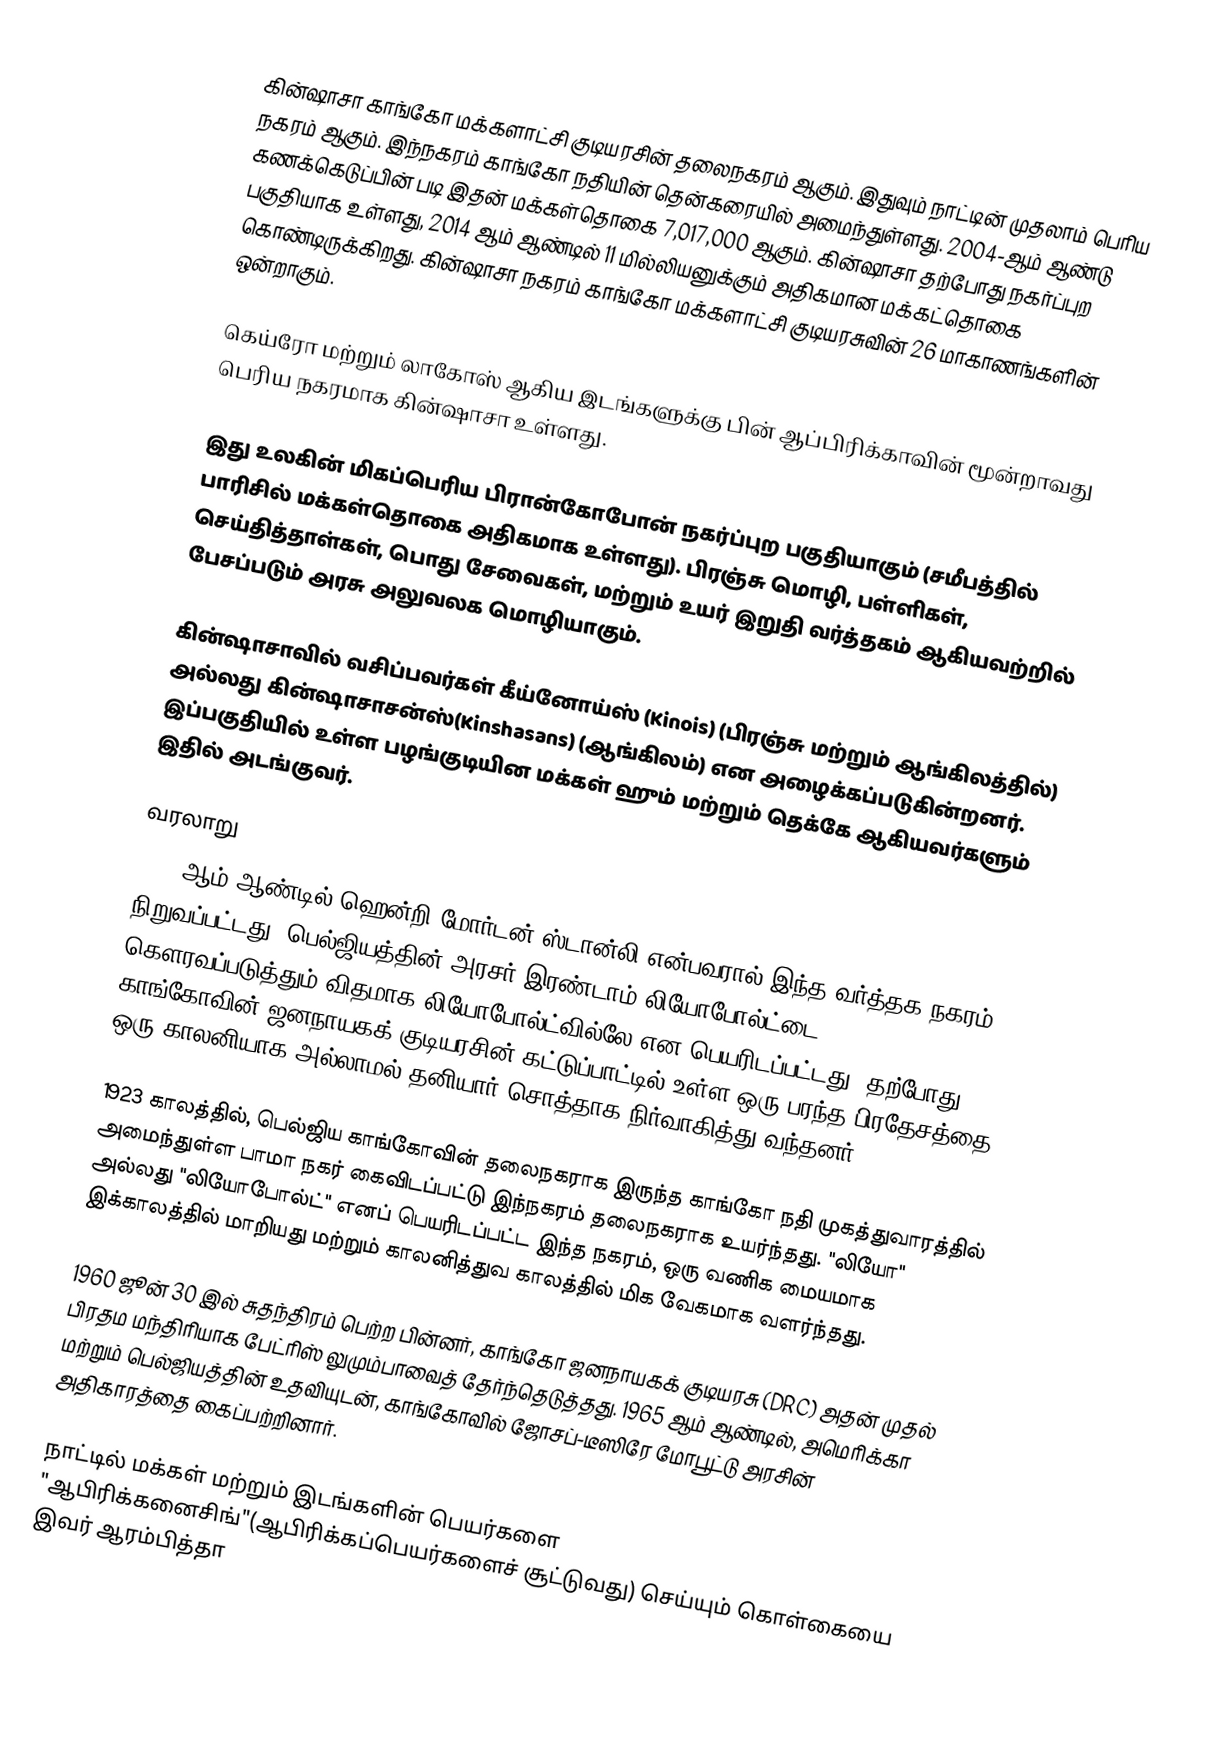
கின்ஷாசா காங்கோ மக்களாட்சி குடியரசின் தலைநகரம் ஆகும். இதுவும் நாட்டின் முதலாம் பெரிய நகரம் ஆகும். இந்நகரம் காங்கோ நதியின் தென்கரையில் அமைந்துள்ளது. 2004-ஆம் ஆண்டு கணக்கெடுப்பின் படி இதன் மக்கள்தொகை 7,017,000 ஆகும். கின்ஷாசா தற்போது நகர்ப்புற பகுதியாக உள்ளது, 2014 ஆம் ஆண்டில் 11 மில்லியனுக்கும் அதிகமான மக்கட்தொகை கொண்டிருக்கிறது. கின்ஷாசா நகரம் காங்கோ மக்களாட்சி குடியரசுவின் 26 மாகாணங்களின் ஒன்றாகும்.

கெய்ரோ மற்றும் லாகோஸ் ஆகிய இடங்களுக்கு பின் ஆப்பிரிக்காவின் மூன்றாவது பெரிய நகரமாக கின்ஷாசா உள்ளது.

இது உலகின் மிகப்பெரிய பிரான்கோபோன் நகர்ப்புற பகுதியாகும் (சமீபத்தில் பாரிசில் மக்கள்தொகை அதிகமாக உள்ளது).  பிரஞ்சு மொழி, பள்ளிகள், செய்தித்தாள்கள், பொது சேவைகள், மற்றும் உயர் இறுதி வர்த்தகம் ஆகியவற்றில் பேசப்படும் அரசு அலுவலக மொழியாகும்.

கின்ஷாசாவில் வசிப்பவர்கள் கீய்னோய்ஸ் (Kinois) (பிரஞ்சு மற்றும் ஆங்கிலத்தில்) அல்லது கின்ஷாசாசன்ஸ்(Kinshasans) (ஆங்கிலம்) என அழைக்கப்படுகின்றனர்.  இப்பகுதியில் உள்ள பழங்குடியின மக்கள் ஹும் மற்றும் தெக்கே ஆகியவர்களும் இதில் அடங்குவர்.

வரலாறு
1881 ஆம் ஆண்டில் ஹென்றி மோர்டன் ஸ்டான்லி என்பவரால் இந்த வர்த்தக நகரம் நிறுவப்பட்டது. பெல்ஜியத்தின் அரசர் இரண்டாம் லியோபோல்ட்டை  கௌரவப்படுத்தும் விதமாக லியோபோல்ட்வில்லே என பெயரிடப்பட்டது. தற்போது காங்கோவின் ஜனநாயகக் குடியரசின் கட்டுப்பாட்டில் உள்ள ஒரு பரந்த பிரதேசத்தை, ஒரு காலனியாக அல்லாமல் தனியார் சொத்தாக நிர்வாகித்து வந்தனர்.

1923 காலத்தில், பெல்ஜிய காங்கோவின் தலைநகராக இருந்த காங்கோ நதி முகத்துவாரத்தில் அமைந்துள்ள பாமா நகர் கைவிடப்பட்டு இந்நகரம் தலைநகராக உயர்ந்தது. "லியோ" அல்லது "லியோபோல்ட்" எனப் பெயரிடப்பட்ட இந்த நகரம், ஒரு வணிக மையமாக இக்காலத்தில் மாறியது மற்றும் காலனித்துவ காலத்தில் மிக வேகமாக வளர்ந்தது.

1960 ஜூன் 30 இல் சுதந்திரம் பெற்ற பின்னர், காங்கோ ஜனநாயகக் குடியரசு (DRC) அதன் முதல் பிரதம மந்திரியாக  பேட்ரிஸ் லுமும்பாவைத் தேர்ந்தெடுத்தது. 1965 ஆம் ஆண்டில், அமெரிக்கா மற்றும் பெல்ஜியத்தின் உதவியுடன், காங்கோவில் ஜோசப்-டீஸிரே மோபூட்டு அரசின் அதிகாரத்தை கைப்பற்றினார்.

நாட்டில் மக்கள் மற்றும் இடங்களின் பெயர்களை "ஆபிரிக்கனைசிங்"(ஆபிரிக்கப்பெயர்களைச் சூட்டுவது) செய்யும் கொள்கையை இவர் ஆரம்பித்தா